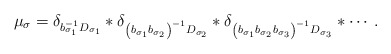
\begin{align*} \mu_{\sigma}=\delta_{b_{\sigma_{1}}^{-1} D_{\sigma_{1}}} * \delta_{\left(b_{\sigma_{1}} b_{\sigma_{2}}\right)^{-1} D_{\sigma_{2}}} * \delta_{\left(b_{\sigma_{1}} b_{\sigma_{2}} b_{\sigma_{3}}\right)^{-1}D_{\sigma_{3}}} * \cdots.\end{align*}